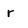
Character: r